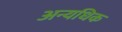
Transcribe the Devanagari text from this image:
अन्यधिक